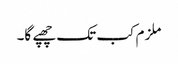
ملزم کب تک چھپے گا۔